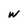
Character: W